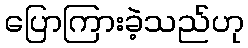
ပြောကြားခဲ့သည်ဟု